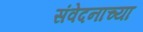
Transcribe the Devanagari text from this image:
संवेदनाच्या